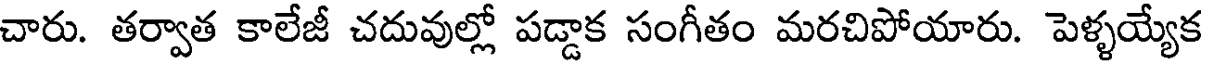
చారు. తర్వాత కాలేజీ చదువుల్లో పడ్డాక సంగీతం మరచిపోయారు. పెళ్ళయ్యేక